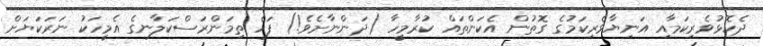
ދެކޮޅުވެރިކަމާއި އަނިޔާވެރިކަމުގެ ގޮތުން އެކަންތައް ކުރާމީހާ (ދަންނާށެވެ!) ފަހެ ތިމަންރަސްކަލާނގެ އެމީހަކު ނަރަކަޔަށް